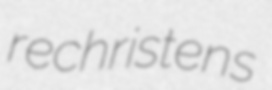
rechristens